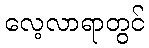
လေ့လာရာတွင်